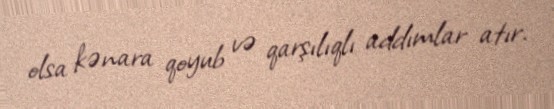
olsa kənara qoyub və qarşılıqlı addımlar atır.